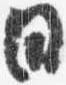
日